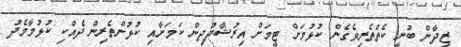
ޒިދާން ބުނީ ކެތްތެރިވެގެން ކުޅުމަށް ޓީމަށް އިރުޝާދުދިން ކަމަށާއި ކުޅުންތެރިން ދެއްކި ކުޅުމާމެދު